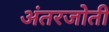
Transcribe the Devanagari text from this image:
अंतरजोती